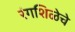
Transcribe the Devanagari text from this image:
रंगशिळेचे